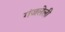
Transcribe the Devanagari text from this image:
गंजलेली